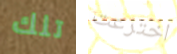
تلك اخترعت